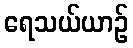
ရေသယ်ယာဉ်